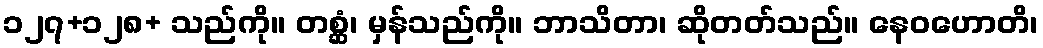
၁၂၇+၁၂၈+ သည်ကို။ တစ္ဆံ၊ မှန်သည်ကို။ ဘာသိတာ၊ ဆိုတတ်သည်။ နေဝဟောတိ၊